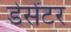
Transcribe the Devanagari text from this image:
डेसेंटर